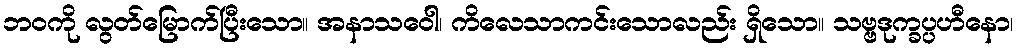
ဘဝကို လွတ်မြောက်ပြီးသော။ အနာသဝေါ၊ ကိလေသာကင်းသောလည်း ရှိသော။ သဗ္ဗဒုက္ခပ္ပဟီနော၊